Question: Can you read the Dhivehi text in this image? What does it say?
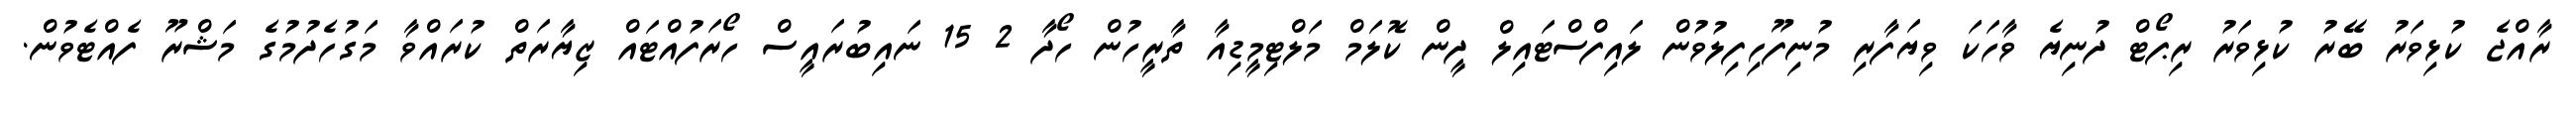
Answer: ރާއްޖެ ކުޅިވަރު ބޭރު ކުޅިވަރު ރިޕޯޓް ދުނިޔެ ވާހަކަ ވިޔަފާރި މުނިފޫހިފިލުވުން ލައިފްސްޓައިލް ދީން ކޮލަމް މަލްޓިމީޑިއާ ތާރީހުން ހޯދާ 2 15 ނައިބުރައީސް ހޯރަފުއްޓައް ޒިޔާރަތް ކުރައްވާ މަގުހެދުމުގެ މަޝްރޫ ފެއްޓެވުން.